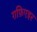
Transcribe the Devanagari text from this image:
ग़फ़िएइर